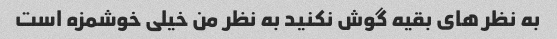
به نظر های بقیه گوش نکنید به نظر من خیلی خوشمزه است